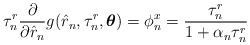
\begin{align*}\tau_n^r\frac{\partial}{\partial\hat{r}_n}g_{}(\hat{r}_n,\tau_n^r,\boldsymbol{\theta})=\phi_n^x=\frac{\tau_n^r}{1+\alpha_n\tau_n^r}\end{align*}